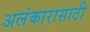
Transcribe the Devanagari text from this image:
अलंकारासाठी